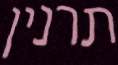
תרנין